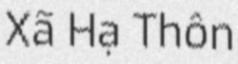
Xã Hạ Thôn